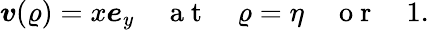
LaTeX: \boldsymbol{v}(\varrho)=x\boldsymbol{e}_{y}\quad\mathrm{~a~t~}\quad\varrho=\eta\quad\mathrm{~o~r~}\quad 1.